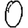
Digit: 0